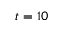
t = 1 0